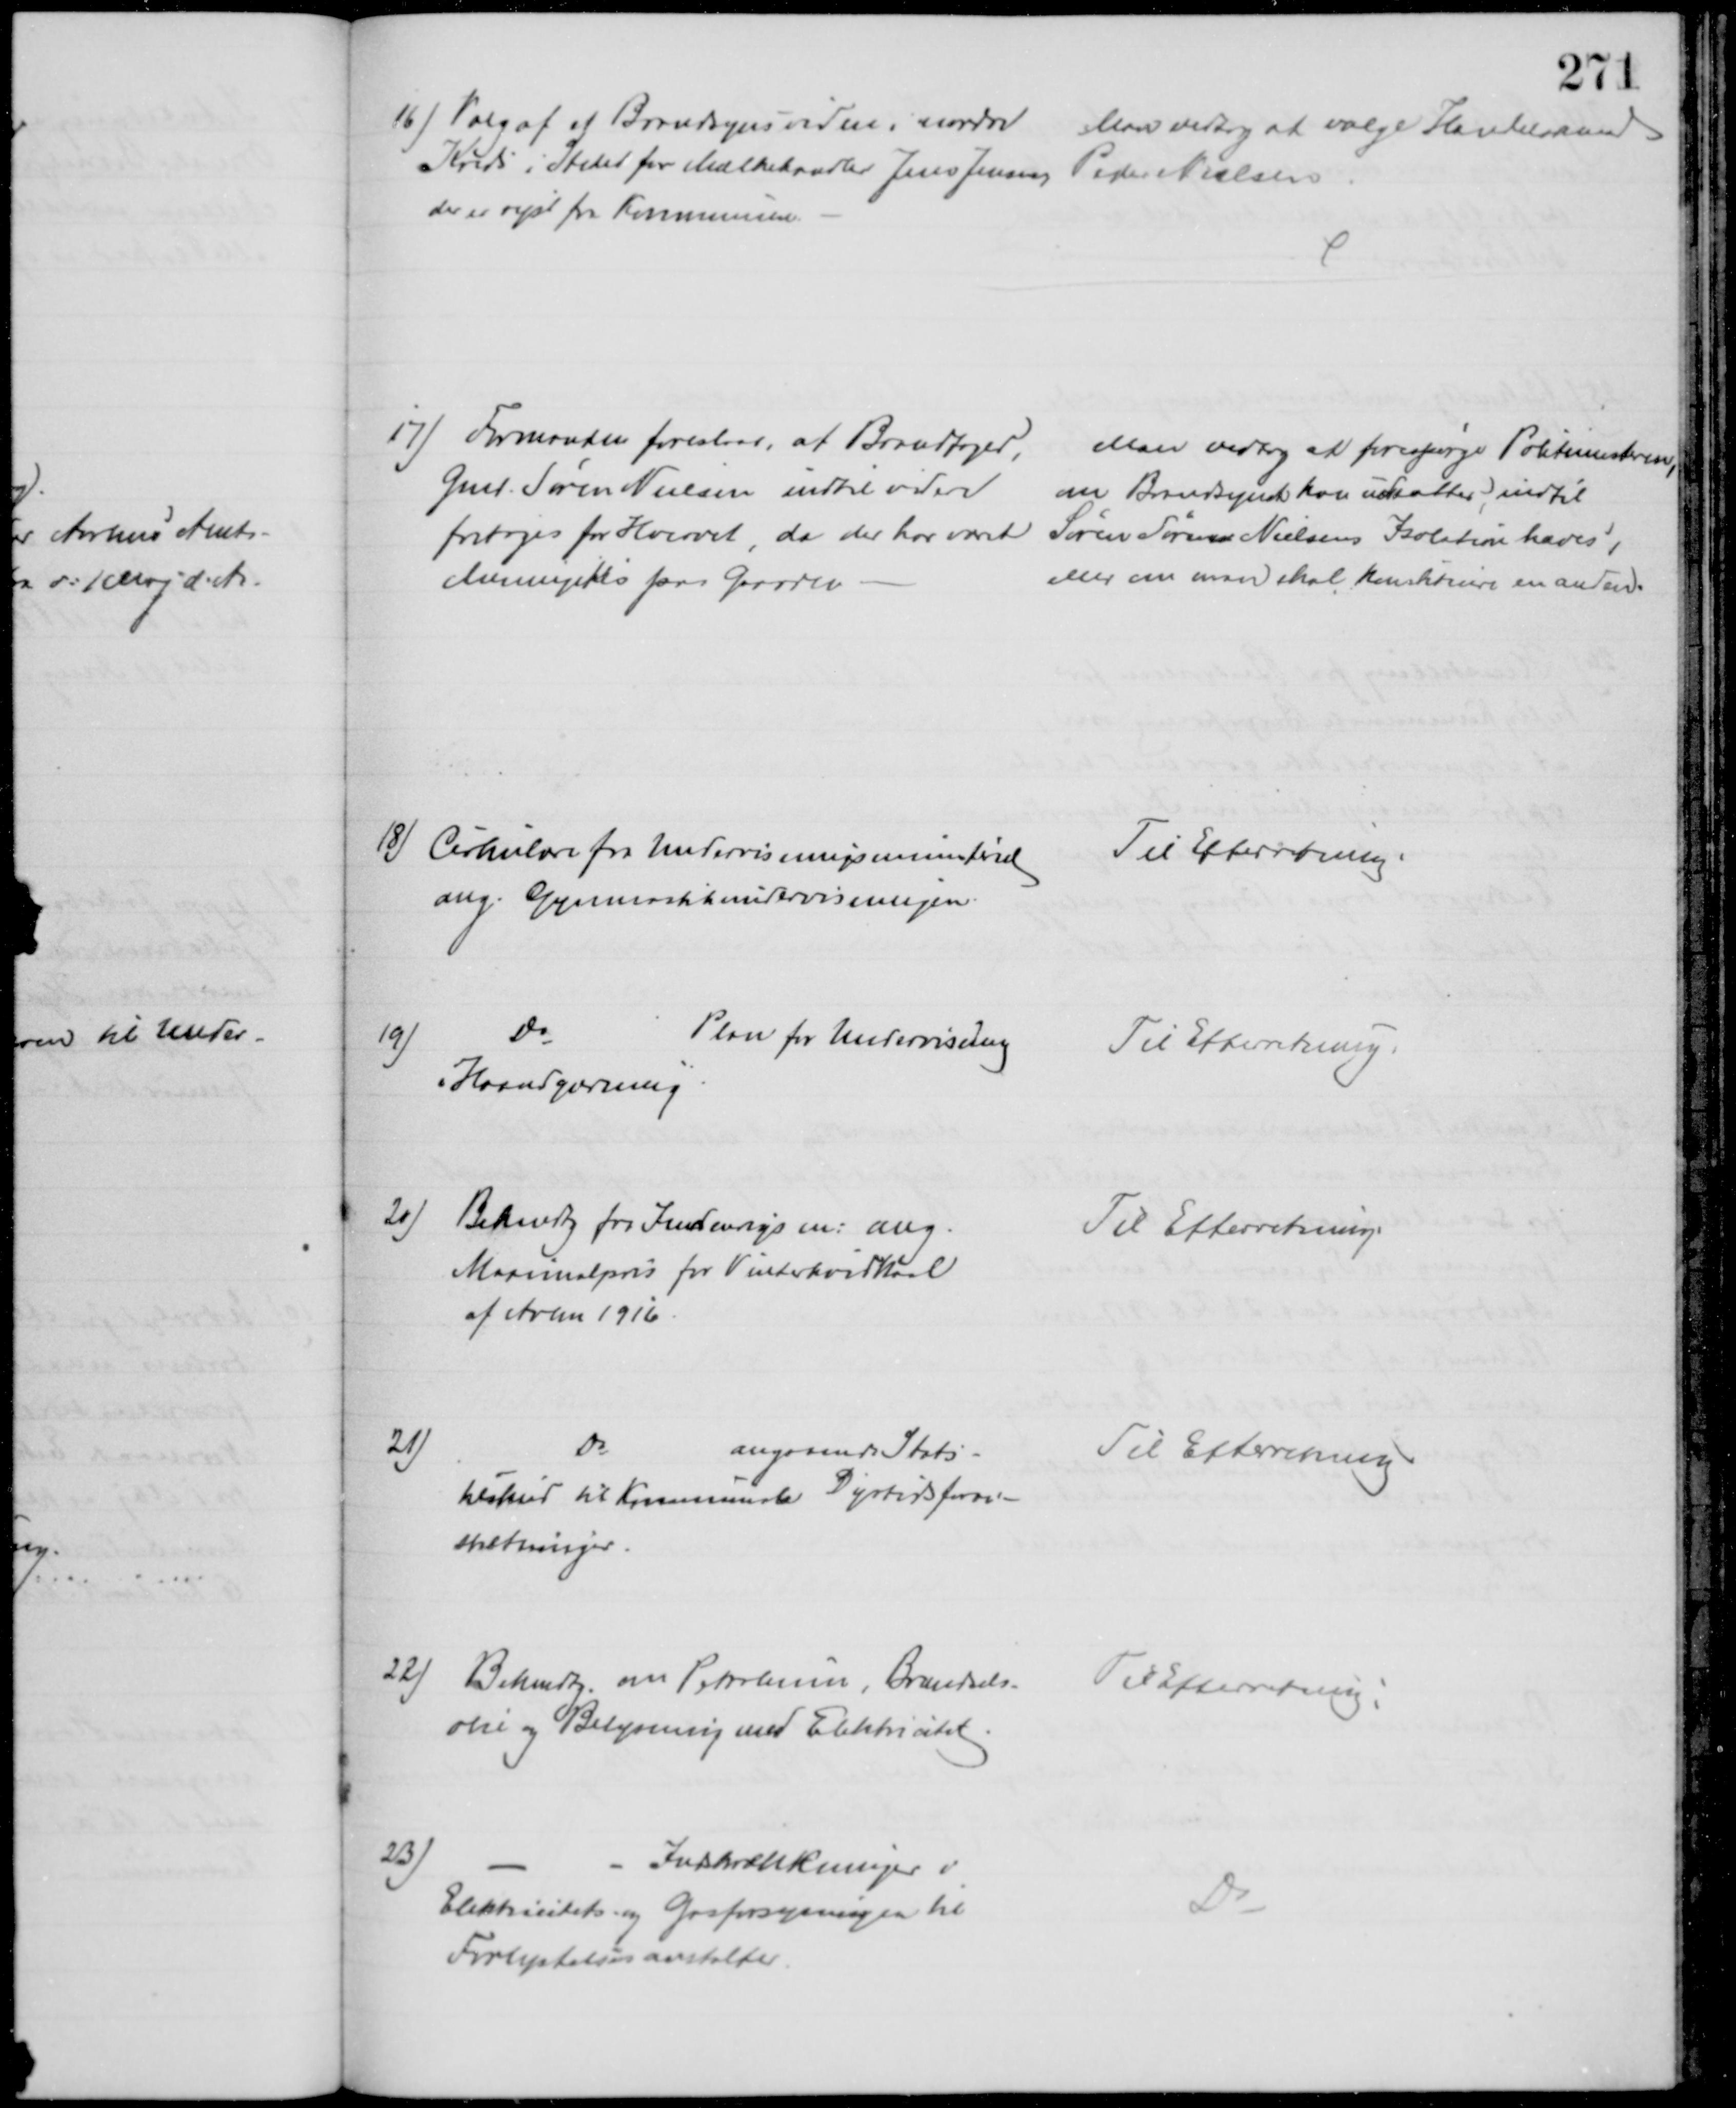
Transskription:
16) Valg af af Brandsynsvidne i nordre 
Kreds i Stedet for Mælkehandler Jens Jensen, 
der er rejst fra Kommunen.
Man vedtog at vælge Handelsmand
Peder Nielsen
17) Formanden foreslaar, at Brandfoged,
Gmd. Søren Nielsen indtil videre
fritages for Hvervet, da der har været
Meningitis paa Gaarden.
Man vedtog at forespørge Politimesteren,
om Brandsynet kan udsættes, indtil
Søren Sørensen Nielsens Isolation hæves,
eller om man skal konstituere en anden.
18) Cirkulære fra Undervisningsministeriet
ang. Gymnastikundervisningen.
Til Efterretning.
19)
Do
Plan for Undervisning
i "Haandgærning"
Til Efterretning.
20) Bekendtg fra Indenrigsm: ang.
Maximalpris for Vinterhvidkaal
af Novm 1916.
Til Efterretning
21)
Do
angaaende Stats-
tilskud til Kommunale Dyrtidsforan-
staltninger.
Til Efterretning
22) Bekendtg. om Petroleum, Brændsels-
olie og Belysning med Elektricitet.
Til Efterretning.
23)
Inskrænkninger i
Elektricitets og Gasforsyningen til
Forlystelsesanstalter.
Do